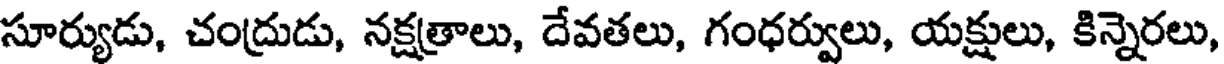
సూర్యుడు, చంద్రుడు, నక్షత్రాలు, దేవతలు, గంధర్వులు, యక్షులు, కిన్నెరలు,